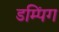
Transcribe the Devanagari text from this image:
डम्पिंग